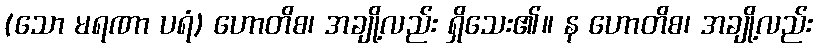
(သော မရဏာ ပရံ) ဟောတိစ၊ အချို့လည်း ရှိသေး၏။ န ဟောတိစ၊ အချို့လည်း